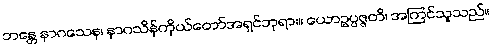
ဘန္တေ နာဂသေန၊ နာဂသိန်ကိုယ်တော်အရှင်ဘုရား။ ယောဥပ္ပဇ္ဇတိ၊ အကြင်သူသည်။